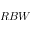
R B W